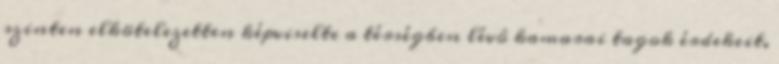
szinten elkötelezetten képviselte a térségben lévô kamarai tagok érdekeit.